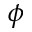
\phi